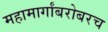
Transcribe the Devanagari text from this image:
महामार्गांबरोबरच